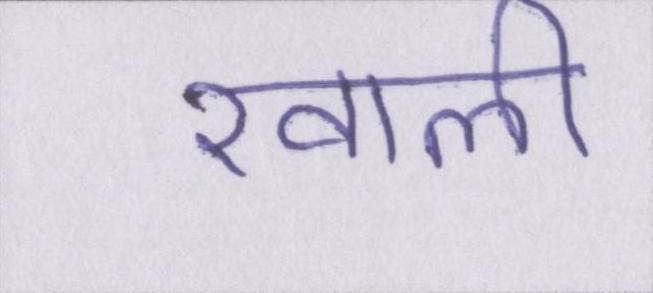
खाली